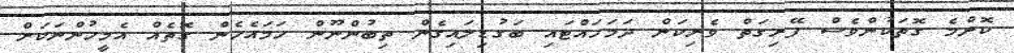
ކޮންމެ ގޮތަކުންވެސް ފޭރިގަތް ވެރިކަން ދަމަހައްޓައި ބަގުޑިލައިގެން ތިބުންނޫން ހަމައެހެން ގޮތެއް އެމީހުންނަކަށް